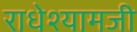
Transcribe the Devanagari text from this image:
राधेश्यामजी